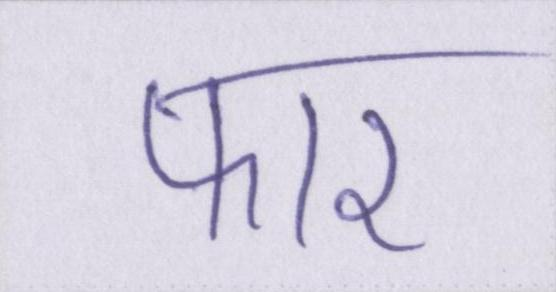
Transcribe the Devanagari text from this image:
फार